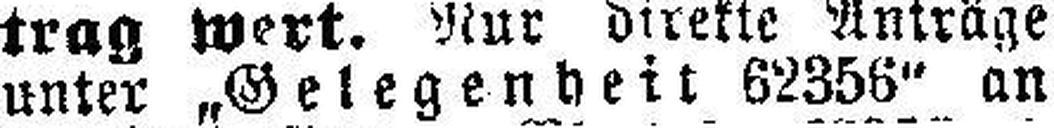
unter „Gelegenheit 62356“ an